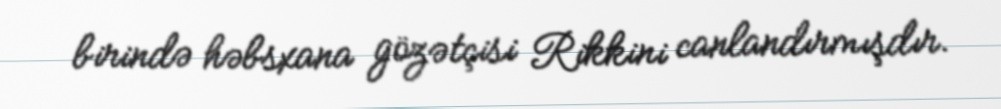
birində həbsxana gözətçisi Rikkini canlandırmışdır.